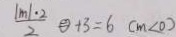
\frac { \vert m \vert \cdot 2 } { 2 } \textcircled { = } + 3 = 6 ( m < 0 )